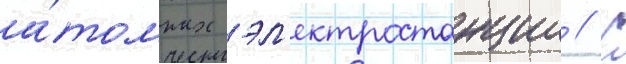
а́томных эл'ектростанции // С